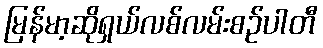
မြန်မာ့ဆိုရှယ်လစ်လမ်းစဉ်ပါတီ